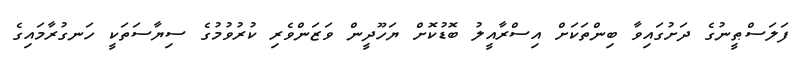
ފަލަސްޠީނުގެ ދަށުގައިވާ ބިންތަކަށް އިސްރާއީލު ބޮޑުކޮށް ޔަހޫދީން ވަޒަންވެރި ކުރުވުމުގެ ސިޔާސަތަކީ ހަނގުރާމައިގެ